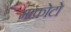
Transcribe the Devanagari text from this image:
माकोटो